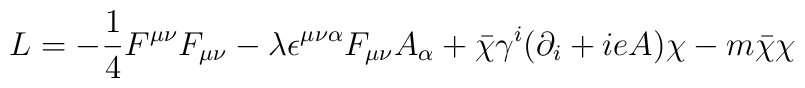
L  = -\frac{1}{4} F^{\mu \nu}F_{\mu \nu} -  \lambda\epsilon ^{\mu \nu \alpha } F_{\mu \nu } A_{\alpha} + \bar \chi \gamma^i (\partial_i + ieA) \chi - m \bar\chi \chi